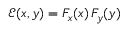
\mathcal { E } ( x , y ) = F _ { x } ( x ) \, F _ { y } ( y )